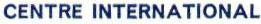
CENTRE INTERNATIONAL